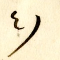
٤